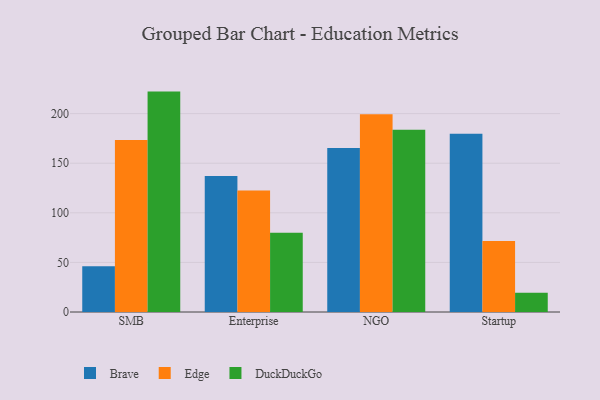
{"axis": {"x": "Segment", "y": "Active Users"}, "legend": ["Brave", "DuckDuckGo", "Edge"], "data": [{"x": "SMB", "y": 46.2, "type": "Brave"}, {"x": "SMB", "y": 173.3, "type": "Edge"}, {"x": "SMB", "y": 222.2, "type": "DuckDuckGo"}, {"x": "Enterprise", "y": 137.0, "type": "Brave"}, {"x": "Enterprise", "y": 122.5, "type": "Edge"}, {"x": "Enterprise", "y": 79.8, "type": "DuckDuckGo"}, {"x": "NGO", "y": 165.3, "type": "Brave"}, {"x": "NGO", "y": 199.3, "type": "Edge"}, {"x": "NGO", "y": 183.8, "type": "DuckDuckGo"}, {"x": "Startup", "y": 179.7, "type": "Brave"}, {"x": "Startup", "y": 71.7, "type": "Edge"}, {"x": "Startup", "y": 19.3, "type": "DuckDuckGo"}]}